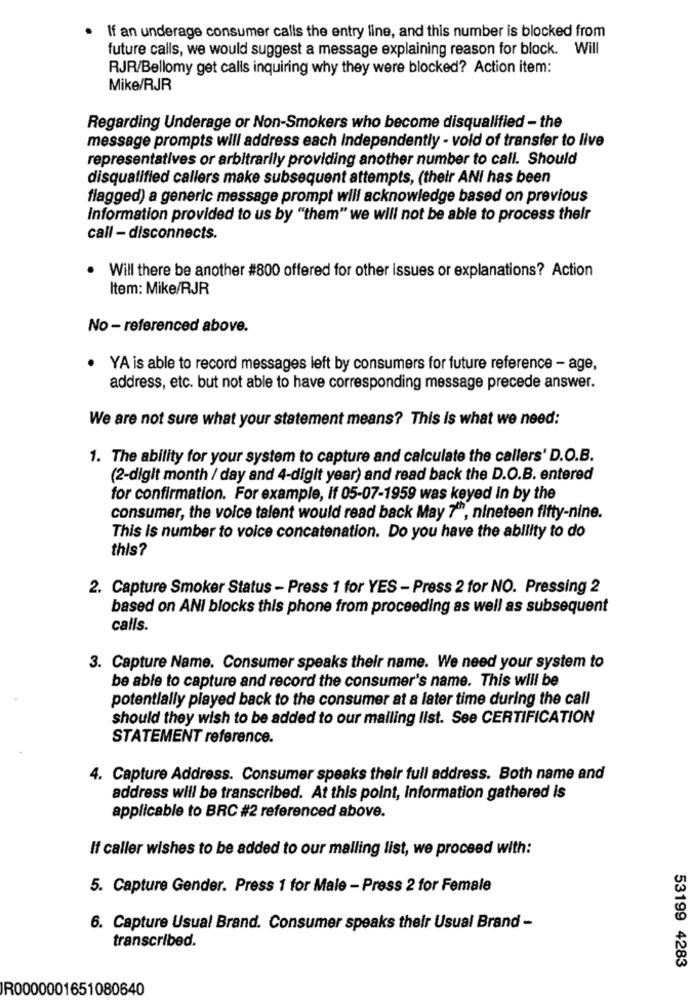
If an underage consumer calls the entry line, and this number is blocked from
future calls, we would suggest a message explaining reason for block. Will
RJR/Bellomy get calls inquiring why they were blocked? Action item:
Mike/RJR
Regarding Underage or Non-Smokers who become disqualified - the
message prompts will address each Independently - vold of transfer to live
representatives or arbitrarily providing another number to call. Should
disqualified callers make subsequent attempts, (their ANI has been
flagged) a generic message prompt will acknowledge based on previous
Information provided to us by "them" we will not be able to process their
call - disconnects.
Will there be another #800 offered for other issues or explanations? Action
Item: Mike/RJR
No - referenced above.
YA is able to record messages left by consumers for future reference - age,
address, etc. but not able to have corresponding message precede answer.
We are not sure what your statement means? This is what we need:
1. The ability for your system to capture and calculate the callers' D.O.B.
(2-digit month / day and 4-digit year) and read back the D.O.B. entered
for confirmation. For example, if 05-07-1959 was keyed In by the
consumer, the voice talent would read back May 7'", nineteen fifty-nine.
This Is number to voice concatenation. Do you have the ability to do
this?
2. Capture Smoker Status - Press 1 for YES - Press 2 for NO. Pressing 2
based on ANI blocks this phone from proceeding as well as subsequent
calls.
3. Capture Name. Consumer speaks their name. We need your system to
be able to capture and record the consumer's name. This will be
potentially played back to the consumer at a later time during the call
should they wish to be added to our mailing list. See CERTIFICATION
STATEMENT reference.
4. Capture Address. Consumer speaks their full address. Both name and
address will be transcribed. At this point, Information gathered is
applicable to BRC #2 referenced above.
If caller wishes to be added to our mailing list, we proceed with:
5. Capture Gender. Press 1 for Male - Press 2 for Female
6. Capture Usual Brand. Consumer speaks their Usual Brand -
transcribed.
53199 4283
R0000001651080640